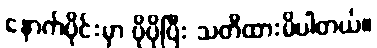
နောက်ပိုင်းမှာ ပိုပိုပြီး သတိထားမိပါတယ်။